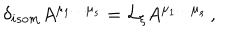
\delta _ { i s o m } A ^ { \mu _ { 1 } \ldots \mu _ { s } } = { \cal L } _ { \xi } A ^ { \mu _ { 1 } \ldots \mu _ { s } } \, ,